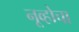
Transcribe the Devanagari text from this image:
नूव्होचा